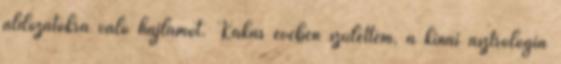
áldozatokra való hajlamot. Kakas évében születtem, a kínai asztrológia